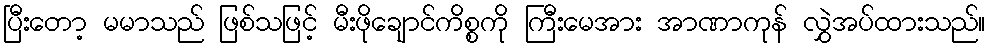
ပြီးတော့ မမာသည် ဖြစ်သဖြင့် မီးဖိုချောင်ကိစ္စကို ကြီးမေအား အာဏာကုန် လွှဲအပ်ထားသည်။